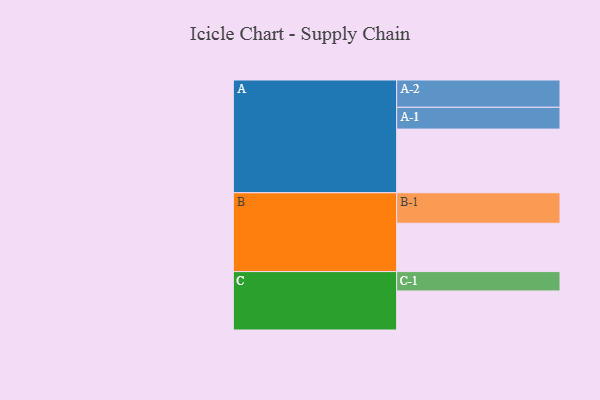
{"axis": {"x": "Segment", "y": "Value"}, "legend": ["", "A", "B", "C"], "data": [{"x": "A", "y": 595, "type": ""}, {"x": "B", "y": 452, "type": ""}, {"x": "C", "y": 365, "type": ""}, {"x": "A-1", "y": 204, "type": "A"}, {"x": "A-2", "y": 255, "type": "A"}, {"x": "B-1", "y": 285, "type": "B"}, {"x": "C-1", "y": 181, "type": "C"}]}